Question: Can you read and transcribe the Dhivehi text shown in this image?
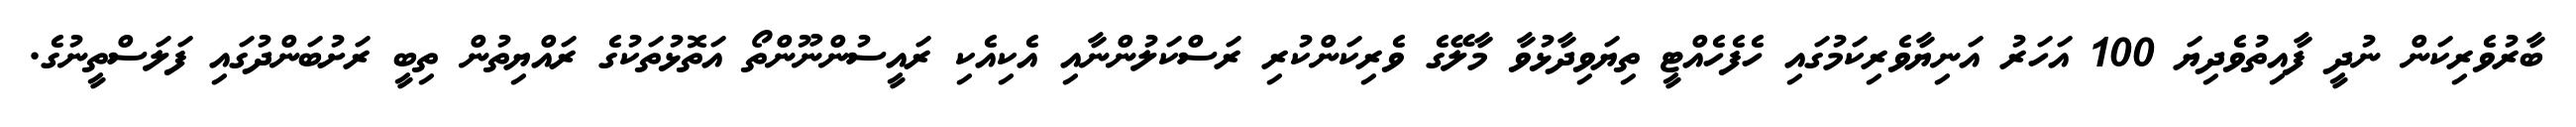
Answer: ބާރުވެރިކަން ނުދީ ފާއިތުވެދިޔަ 100 އަހަރު އަނިޔާވެރިކަމުގައި ހެފެހެއްޓީ ތިޔަވިދާޅުވާ މާލޭގެ ވެރިކަންކުރި ރަސްކަލުންނާއި އެކިއެކި ރައީސުންނޫންތޯ އަތޮޅުތަކުގެ ރައްޔިތުން ތިބީ ރަށުބަންދުގައި ފަލަސްތީނުގެ.